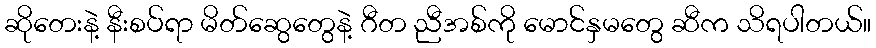
ဆိုတေးနဲ့ နီးစပ်ရာ မိတ်ဆွေတွေနဲ့ ဂီတ ညီအစ်ကို မောင်နှမတွေ ဆီက သိရပါတယ်။